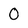
Character: O